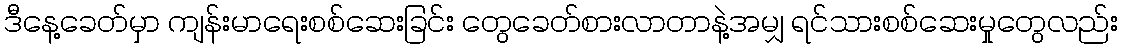
ဒီနေ့ခေတ်မှာ ကျန်းမာရေးစစ်ဆေးခြင်း တွေခေတ်စားလာတာနဲ့အမျှ ရင်သားစစ်ဆေးမှုတွေလည်း